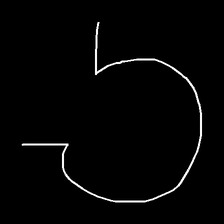
Glyph: weave